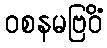
ဝစနမဗြဝိံ